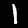
Digit: 1